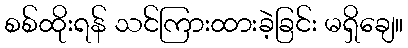
စစ်ထိုးရန် သင်ကြားထားခဲ့ခြင်း မရှိချေ။